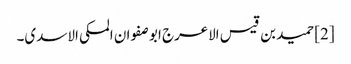
[2] حمید بن قیس الاعرج ابو صفوان المکی الاسدی۔